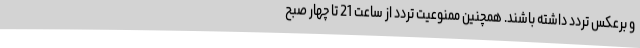
و برعکس تردد داشته باشند. همچنین ممنوعیت تردد از ساعت 21 تا چهار صبح